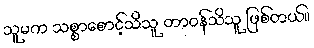
သူမက သစ္စာစောင့်သိသူ တာဝန်သိသူ ဖြစ်တယ်။